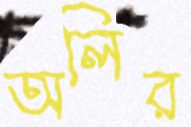
অলির